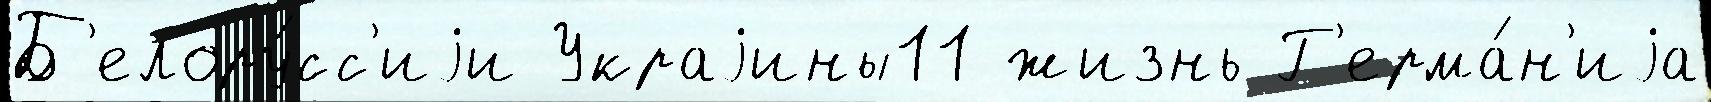
Б'елору́сс'иjи Украjины11 жизнь Г'ерма́н'иjа